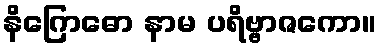
နိဂြောဓော နာမ ပရိဗ္ဗာဇကော။